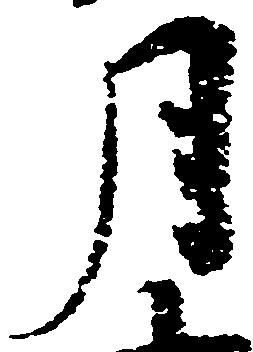
月